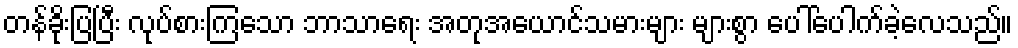
တန်ခိုးပြပြီး လုပ်စားကြသော ဘာသာရေး အတုအယောင်သမားများ များစွာ ပေါ်ပေါက်ခဲ့လေသည်။